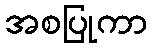
အစပြုကာ